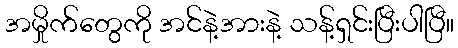
အမှိုက်တွေကို အင်နဲ့အားနဲ့ သန့်ရှင်းပြီးပါပြီ။